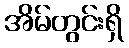
အိမ်တွင်းရှိ